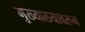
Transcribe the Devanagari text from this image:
मुख्यालयावरून